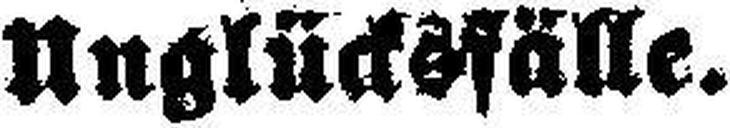
Unglücksfälle.